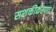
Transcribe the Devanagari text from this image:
सशक्तीकरणा